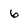
Character: 6